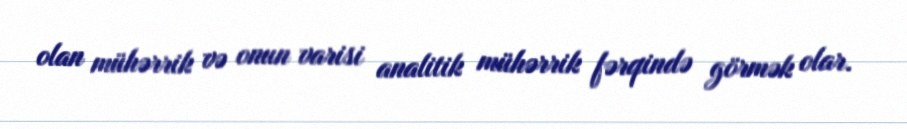
olan mühərrik və onun varisi analitik mühərrik fərqində görmək olar.